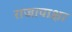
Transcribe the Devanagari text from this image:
राजापाक्षा